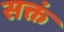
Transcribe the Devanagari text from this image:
सक्तं